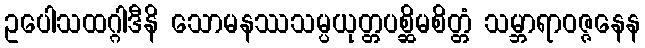
ဥပေါသထဂ္ဂါဒီနိ သောမနဿသမ္ပယုတ္တပစ္ဆိမစိတ္တံ သမ္ဘာရာဝဇ္ဇနေန